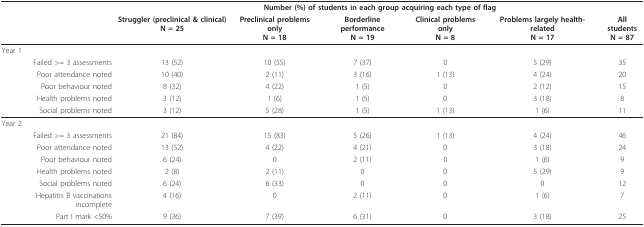
<table><thead><tr><td></td><td colspan="6"><b>Number (%) of students in each group acquiring each type of flag</b></td></tr><tr><td></td><td><b>Struggler (preclinical &amp; clinical)N = 25</b></td><td><b>Preclinical problems onlyN = 18</b></td><td><b>Borderline performanceN = 19</b></td><td><b>Clinical problems onlyN = 8</b></td><td><b>Problems largely health- relatedN = 17</b></td><td><b>All studentsN = 87</b></td></tr></thead><tbody><tr><td>Year 1</td><td></td><td></td><td></td><td></td><td></td><td></td></tr><tr><td>Failed &gt;= 3 assessments</td><td>13 (52)</td><td>10 (55)</td><td>7 (37)</td><td>0</td><td>5 (29)</td><td>35</td></tr><tr><td>Poor attendance noted</td><td>10 (40)</td><td>2 (11)</td><td>3 (16)</td><td>1 (13)</td><td>4 (24)</td><td>20</td></tr><tr><td>Poor behaviour noted</td><td>8 (32)</td><td>4 (22)</td><td>1 (5)</td><td>0</td><td>2 (12)</td><td>15</td></tr><tr><td>Health problems noted</td><td>3 (12)</td><td>1 (6)</td><td>1 (5)</td><td>0</td><td>3 (18)</td><td>8</td></tr><tr><td>Social problems noted</td><td>3 (12)</td><td>5 (28)</td><td>1 (5)</td><td>1 (13)</td><td>1 (6)</td><td>11</td></tr><tr><td>Year 2</td><td></td><td></td><td></td><td></td><td></td><td></td></tr><tr><td>Failed &gt;= 3 assessments</td><td>21 (84)</td><td>15 (83)</td><td>5 (26)</td><td>1 (13)</td><td>4 (24)</td><td>46</td></tr><tr><td>Poor attendance noted</td><td>13 (52)</td><td>4 (22)</td><td>4 (21)</td><td>0</td><td>3 (18)</td><td>24</td></tr><tr><td>Poor behaviour noted</td><td>6 (24)</td><td>0</td><td>2 (11)</td><td>0</td><td>1 (6)</td><td>9</td></tr><tr><td>Health problems noted</td><td>2 (8)</td><td>2 (11)</td><td>0</td><td>0</td><td>5 (29)</td><td>9</td></tr><tr><td>Social problems noted</td><td>6 (24)</td><td>6 (33)</td><td>0</td><td>0</td><td>0</td><td>12</td></tr><tr><td>Hepatitis B vaccinations incomplete</td><td>4 (16)</td><td>0</td><td>2 (11)</td><td>0</td><td>1 (6)</td><td>7</td></tr><tr><td>Part I mark &lt;50%</td><td>9 (36)</td><td>7 (39)</td><td>6 (31)</td><td>0</td><td>3 (18)</td><td>25</td></tr></tbody></table>